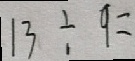
1 3 \div 9 =